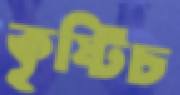
কৃষ্টিচ